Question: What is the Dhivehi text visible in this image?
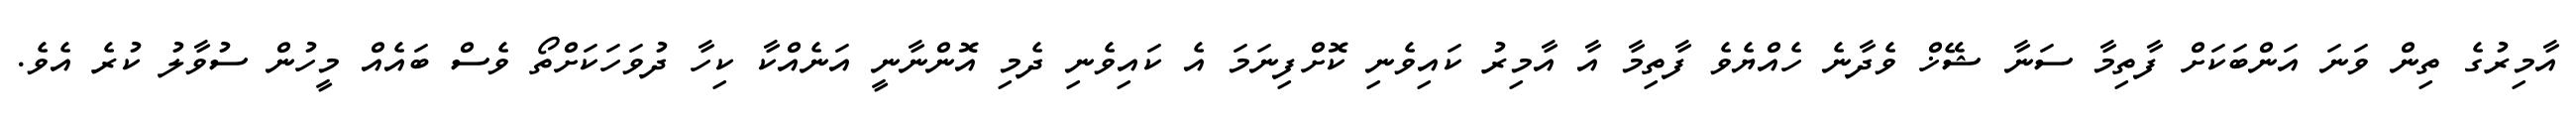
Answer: އާމިރުގެ ތިން ވަނަ އަންބަކަށް ފާތިމާ ސަނާ ޝޭޚް ވެދާނެ ހެއްޔެވެ ފާތިމާ އާ އާމިރު ކައިވެނި ކޮށްފިނަމަ އެ ކައިވެނި ދެމި އޮންނާނީ އަނެއްކާ ކިހާ ދުވަހަކަށްތޯ ވެސް ބައެއް މީހުން ސުވާލު ކުރެ އެވެ.